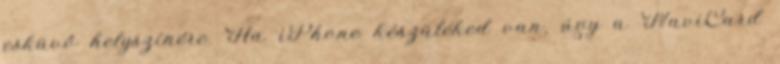
esküvő helyszínére. Ha iPhone készüléked van, úgy a NaviCard